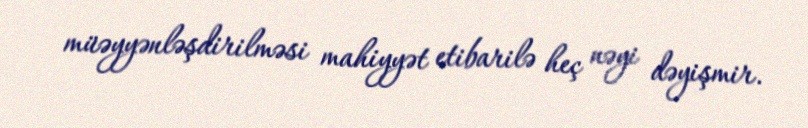
müəyyənləşdirilməsi mahiyyət etibarilə heç nəyi dəyişmir.